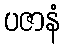
ပဇာနံ